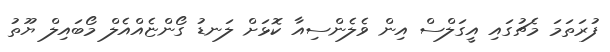
ފުރަތަމަ މެޗުގައި އީގަލްސް އިން ވެލެންސިއާ ކޮޅަށް ލަނޑު ގޯންޏެއްއެލް މޯބައިލް ޔޫތު